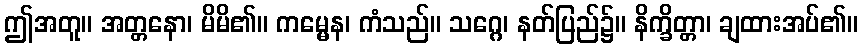
ဤအတူ။ အတ္တနော၊ မိမိ၏။ ကမ္မေန၊ ကံသည်။ သဂ္ဂေ၊ နတ်ပြည်၌။ နိက္ခိတ္တာ၊ ချထားအပ်၏။